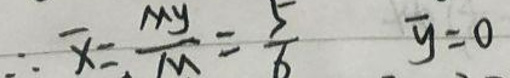
\(\overline{x} = \frac{my}{M} = \frac{5}{6} \quad \overline{y} = 0\)